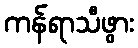
ကန်ရာသီဖွား